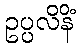
ဥပ္ပလိနိံ